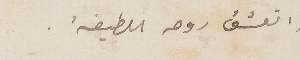
واتعشق روحه اللطيفة